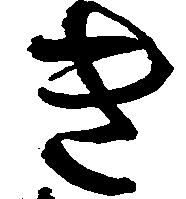
き